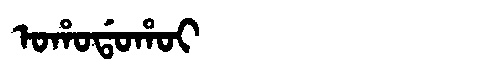
Manchu: ᠣᡥᠣᡩᠣᡥᠣᡳ
Romanization: OHODOHOI